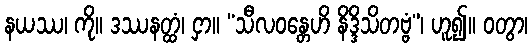
နယဿ၊ ကို။ ဒဿနတ္ထံ၊ ငှာ။ “သီလဝန္တေဟိ နိဒ္ဒိသိတဗ္ဗံ”၊ ဟူ၍။ ဝတွာ၊